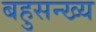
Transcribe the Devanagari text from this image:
बहुसन्ख्य